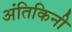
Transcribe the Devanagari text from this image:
अंतिकिनी